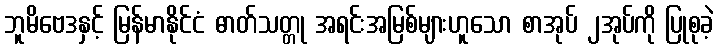
ဘူမိဗေဒနှင့် မြန်မာနိုင်ငံ ဓာတ်သတ္တု အရင်းအမြစ်များဟူသော စာအုပ် ၂အုပ်ကို ပြုစုခဲ့